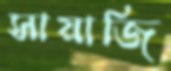
সায়াজি